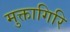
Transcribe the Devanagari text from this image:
मुक्तागिरि